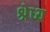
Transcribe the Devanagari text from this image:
श्रेध्य